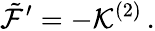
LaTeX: {\tilde{\cal F}}^{\prime}=-{\cal K}^{(2)}\, .